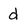
Character: d